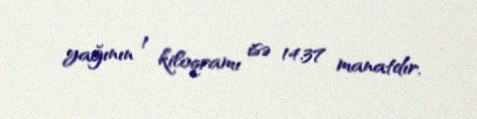
yağının 1 kiloqramı isə 14.37 manatdır.